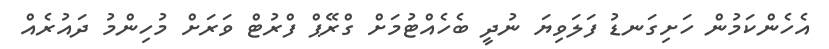
އެހެންކަމުން ހަށިގަނޑު ފަލަވިޔަ ނުދީ ބެހެއްޓުމަށް ގްރޭޕް ފްރުޓް ވަރަށް މުހިންމު ދައުރެއް